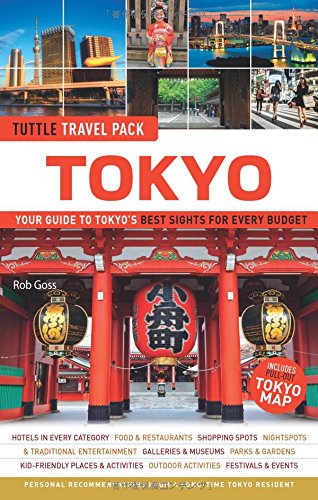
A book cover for Tokyo Tuttle Travel Pack: Your Guide to Tokyo's Best Sights for Every Budget (Travel Guide & Map); Rob Goss; Travel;